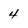
Character: 4